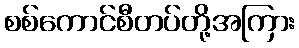
စစ်ကောင်စီတပ်တို့အကြား